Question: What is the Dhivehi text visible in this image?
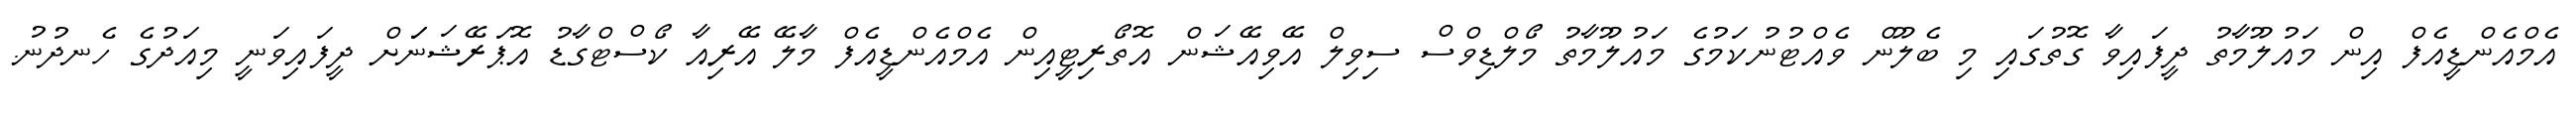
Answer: އެމްއެންޑީއެފް އިން މައުލޫމާތު ދީފައިވާ ގޮތުގައި މި ބެލޫން ވެއްޓުނުކަމުގެ މައުލޫމާތު މޯލްޑިވްސް ސިވިލް އޭވިއޭޝަން އޮތޯރިޓީއިން އެމްއެންޑީއެފް މާލޭ އޭރިއާ ކޯސްޓްގާޑު އޮޕަރޭޝަނަަށް ދީފައިވަނީ މިއަދުގެ ހެނދުނު.